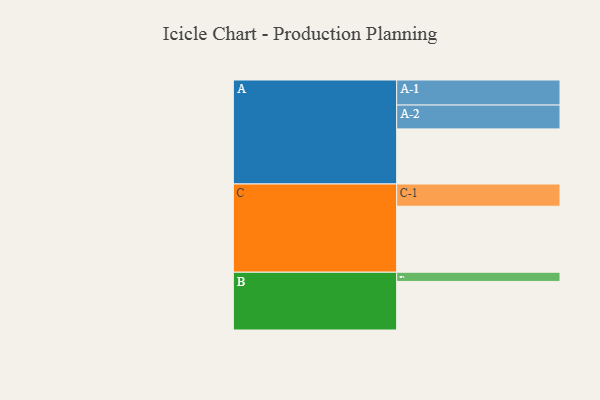
{"axis": {"x": "Segment", "y": "Value"}, "legend": ["", "A", "B", "C"], "data": [{"x": "A", "y": 354, "type": ""}, {"x": "B", "y": 312, "type": ""}, {"x": "C", "y": 424, "type": ""}, {"x": "A-1", "y": 161, "type": "A"}, {"x": "A-2", "y": 153, "type": "A"}, {"x": "B-1", "y": 59, "type": "B"}, {"x": "C-1", "y": 143, "type": "C"}]}